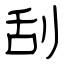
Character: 刮